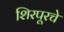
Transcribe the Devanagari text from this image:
शिरपूरचे